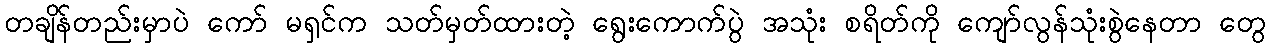
တချိန်တည်းမှာပဲ ကော် မရှင်က သတ်မှတ်ထားတဲ့ ရွေးကောက်ပွဲ အသုံး စရိတ်ကို ကျော်လွန်သုံးစွဲနေတာ တွေ